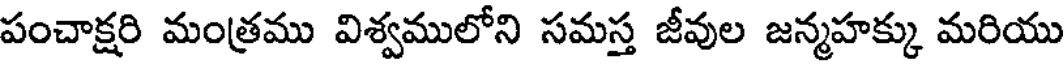
పంచాక్షరి మంత్రము విశ్వములోని సమస్త జీవుల జన్మహక్కు మరియు